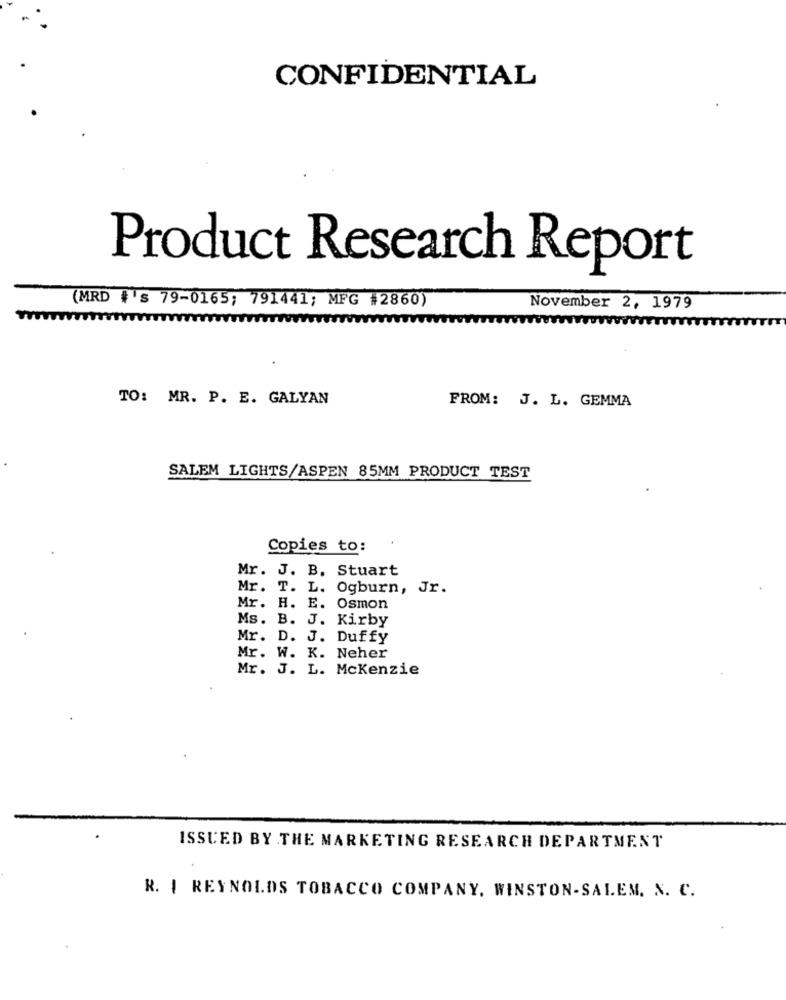
CONFIDENTIAL
Product Research Report
(MRD #'s 79-0165; 791441; MFG #2860)
November 2, 1979
TO: MR. P. E. GALYAN
FROM: J. L. GEMMA
SALEM LIGHTS/ASPEN 85MM PRODUCT TEST
Copies to:
Mr. J. B. Stuart
Mr. T. L. Ogburn, Jr.
Mr. H. E. Osmon
Ms. B. J. Kirby
Mr. D. J. Duffy
Mr. W. K. Neher
Mr. J. L. Mckenzie
ISSUED BY THE MARKETING RESEARCH DEPARTMENT
R. | REYNOLDS TOBACCO COMPANY, WINSTON-SALEM. N. C.